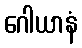
ဂေါယာနံ